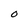
Character: 0